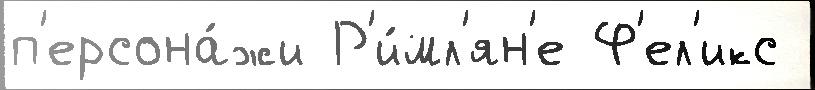
п'ерсона́жи Р'и́мл'ян'е Ф'ел'икс